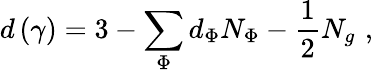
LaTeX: d\left(\gamma\right)=3-\sum_{\Phi}d_{\Phi}N_{\Phi}-\frac 12N_{g}\, \, ,